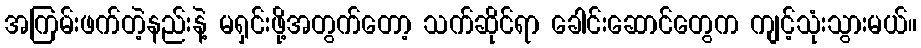
အကြမ်းဖက်တဲ့နည်းနဲ့ မရှင်းဖို့အတွက်တော့ သက်ဆိုင်ရာ ခေါင်းဆောင်တွေက ကျင့်သုံးသွားမယ်။